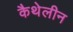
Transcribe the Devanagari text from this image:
कैथेलीन